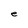
Character: e